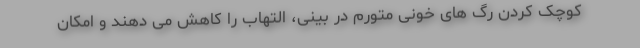
کوچک کردن رگ های خونی متورم در بینی، التهاب را کاهش می دهند و امکان